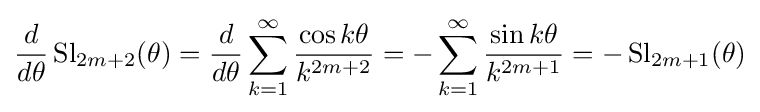
{\frac {d}{d\theta }}\operatorname {Sl} _{2m+2}(\theta )={\frac {d}{d\theta }}\sum _{k=1}^{\infty }{\frac {\cos k\theta }{k^{2m+2}}}=-\sum _{k=1}^{\infty }{\frac {\sin k\theta }{k^{2m+1}}}=-\operatorname {Sl} _{2m+1}(\theta )